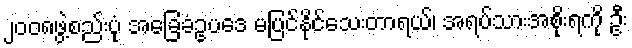
၂ဝဝ၈ဖွဲ့စည်းပုံ အခြေခံဥပဒေ မပြင်နိုင်သေးတာရယ်၊ အရပ်သားအစိုးရကို ဦး